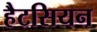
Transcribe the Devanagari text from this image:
हैटसियन